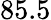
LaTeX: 85.5